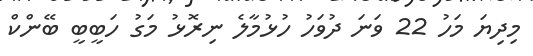
މިދިޔަ މަހު 22 ވަނަ ދުވަހު ހުޅުމާލެ ނިރޮޅު މަގު ހަބީބީ ބޭންކް